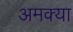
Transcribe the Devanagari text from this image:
अमक्या